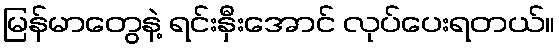
မြန်မာတွေနဲ့ ရင်းနှီးအောင် လုပ်ပေးရတယ်။